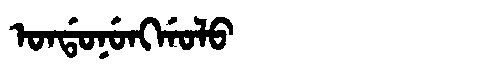
Manchu: ᠣᠨᡩᠣᠨᡠᠩᡤᠣᠯᠣ
Romanization: ONDONUNGGOLO